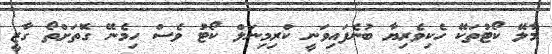
މާލޭ ކޯޓުތަކޭ ހެކިވެރިޔާ ބުނެފައިވަނީ ކްރިމިނަލް ކޯޓު ވެސް ހިމެނޭ ގޮތަށްތޯ ގާޒީ